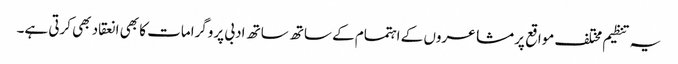
یہ تنظیم مختلف مواقع پر مشاعروں کے اہتمام کے ساتھ ساتھ ادبی پروگرامات کا بھی انعقاد بھی کرتی ہے۔